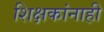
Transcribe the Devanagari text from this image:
शिक्षकांनाही